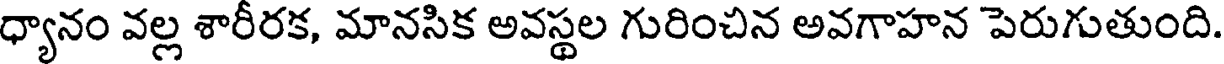
ధ్యానం వల్ల శారీరక, మానసిక అవస్థల గురించిన అవగాహన పెరుగుతుంది